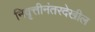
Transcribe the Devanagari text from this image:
निवृत्तीनंतरदेखील